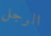
الرجل